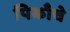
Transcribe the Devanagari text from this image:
पिकाँचे